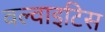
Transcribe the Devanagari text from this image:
वल्वाइटिस